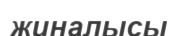
жиналысы